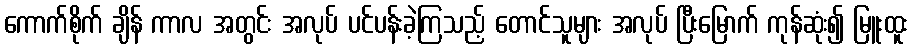
ကောက်စိုက် ချိန် ကာလ အတွင်း အလုပ် ပင်ပန်းခဲ့ကြသည့် တောင်သူများ အလုပ် ပြီးမြောက် ကုန်ဆုံး၍ မြူးထူး